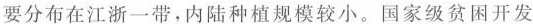
要分布在江浙一带，内陆种植规模较小。国家级贫困开发